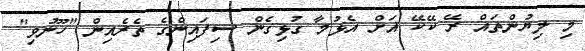
މި ލިޔުންތައް ރޭ ކޭކޭ އަށް އެޅުމާ ގުޅިގެން ސިފައިންގެ ތެރެއިން "ހޫނުވި"